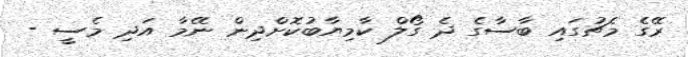
ރޭގެ މެޗުގައި ބާސާގެ ދެ ގޯލް ކާމިޔާބުކޮށްދިން ނޭމާ އަދި މެސީ -